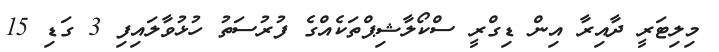
މިލިޓަރީ ދާއިރާ އިން ޑިގްރީ ސްކޯލާޝިޕްތަކެއްގެ ފުރުސަތު ހުޅުވާލައިފި 3 ގަޑި 15